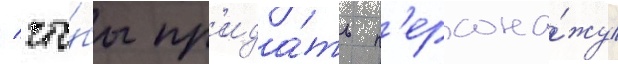
/ что́бы пр'ида́ть п'ерсона́жу